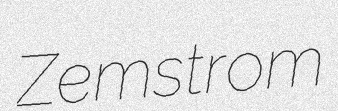
Zemstrom